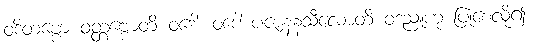
ဝဒိတဗ္ဗော ဝတ္တဗ္ဗောတိ ဝဒေါ၊ ဝဒေါ ပဇာနနသီလောတိ ဝဒညူဟု ပြုစေလို၍